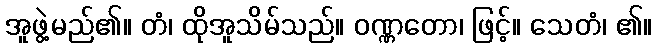
အူဖွဲ့မည်၏။ တံ၊ ထိုအူသိမ်သည်။ ဝဏ္ဏတော၊ ဖြင့်။ သေတံ၊ ၏။